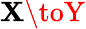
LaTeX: \mathbf{X}\toY